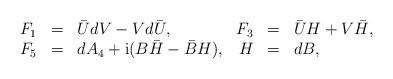
LaTeX: \begin{align*}\begin{array}{rclrcl}F_1 & = & \bar U d V - V d \bar U,&F_3 & = & \bar U H + V \bar H, \\F_5 & = & d A_4 + {\rm i} (B \bar H - \bar B H),&H &=& dB,\end{array}\end{align*}